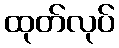
ထုတ်လုပ်